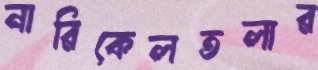
নারিকেলতলার